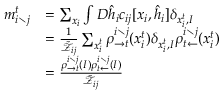
\begin{array} { r l } { m _ { i \setminus j } ^ { t } } & { = \sum _ { \boldsymbol { x } _ { i } } \int D \hat { \boldsymbol { h } } _ { i } c _ { i j } [ \boldsymbol { x } _ { i } , \hat { \boldsymbol { h } } _ { i } ] \delta _ { x _ { i } ^ { t } , I } } \\ & { = \frac { 1 } { \tilde { \mathcal { Z } } _ { i j } } \sum _ { x _ { i } ^ { t } } \rho _ { \rightarrow t } ^ { i \setminus j } ( x _ { i } ^ { t } ) \delta _ { x _ { i } ^ { t } , I } \rho _ { t \leftarrow } ^ { i \setminus j } ( x _ { i } ^ { t } ) } \\ & { = \frac { \rho _ { \rightarrow t } ^ { i \setminus j } ( I ) \rho _ { t \leftarrow } ^ { i \setminus j } ( I ) } { \tilde { \mathcal { Z } } _ { i j } } } \end{array}